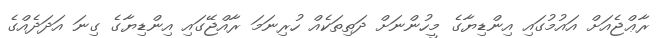
ރާޢްޖެއަށް އައުމުގައި އިންޑިޔާގެ މީހުންނަށް ދަތިތަކެއް ހުރިނަމަ ރާއްޖޭގައި އިންޑިޔާގެ ގިނަ އަދަދެއްގެ